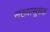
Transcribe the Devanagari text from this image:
संख्यासूचक